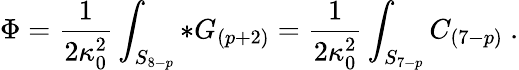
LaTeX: \Phi={\frac{1}{2\kappa_{0}^{2}}}\int_{S_{8-p}}*G_{(p+2)}={\frac{1}{2\kappa_{0}^{2}}}\int_{S_{7-p}}C_{(7-p)}\ .